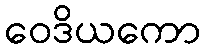
ဝေဒိယကော